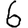
Digit: 6